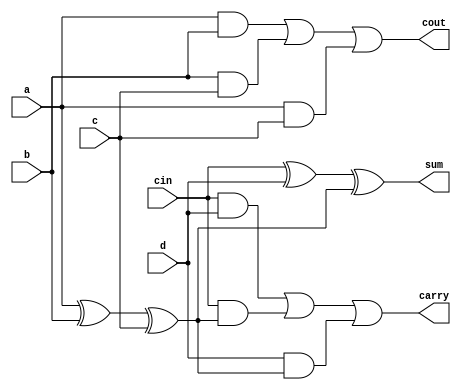
//#############################################################################
//# Function: Carry Save Adder (4:2) (aka 5:3)                                #
//# Copyright: Lambda Project Authors. All rights Reserved.                   #
//# License:  MIT (see LICENSE file in Lambda repository)                     #
//#############################################################################

module la_csa42 #(
    parameter PROP = "DEFAULT"
) (
    input  a,
    input  b,
    input  c,
    input  d,
    input  cin,
    output sum,
    output carry,
    output cout
);

    assign cout   = (a & b) | (b & c) | (a & c);
    assign sumint = a ^ b ^ c;
    assign sum    = cin ^ d ^ sumint;
    assign carry  = (cin & d) | (cin & sumint) | (d & sumint);

endmodule